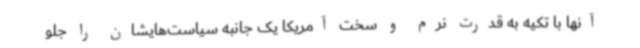
آنها با تکیه به قدرت نرم و سخت آمریکا یک جانبه سیاست‌هایشان را جلو